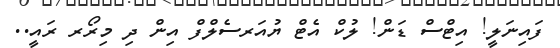
ފައިނަލީ! އިޓްސް ޑަން! ލުކް އެޓް ޔުއަރސެލްފް އިން ދި މިރޯރ ރައީ..